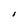
Character: I